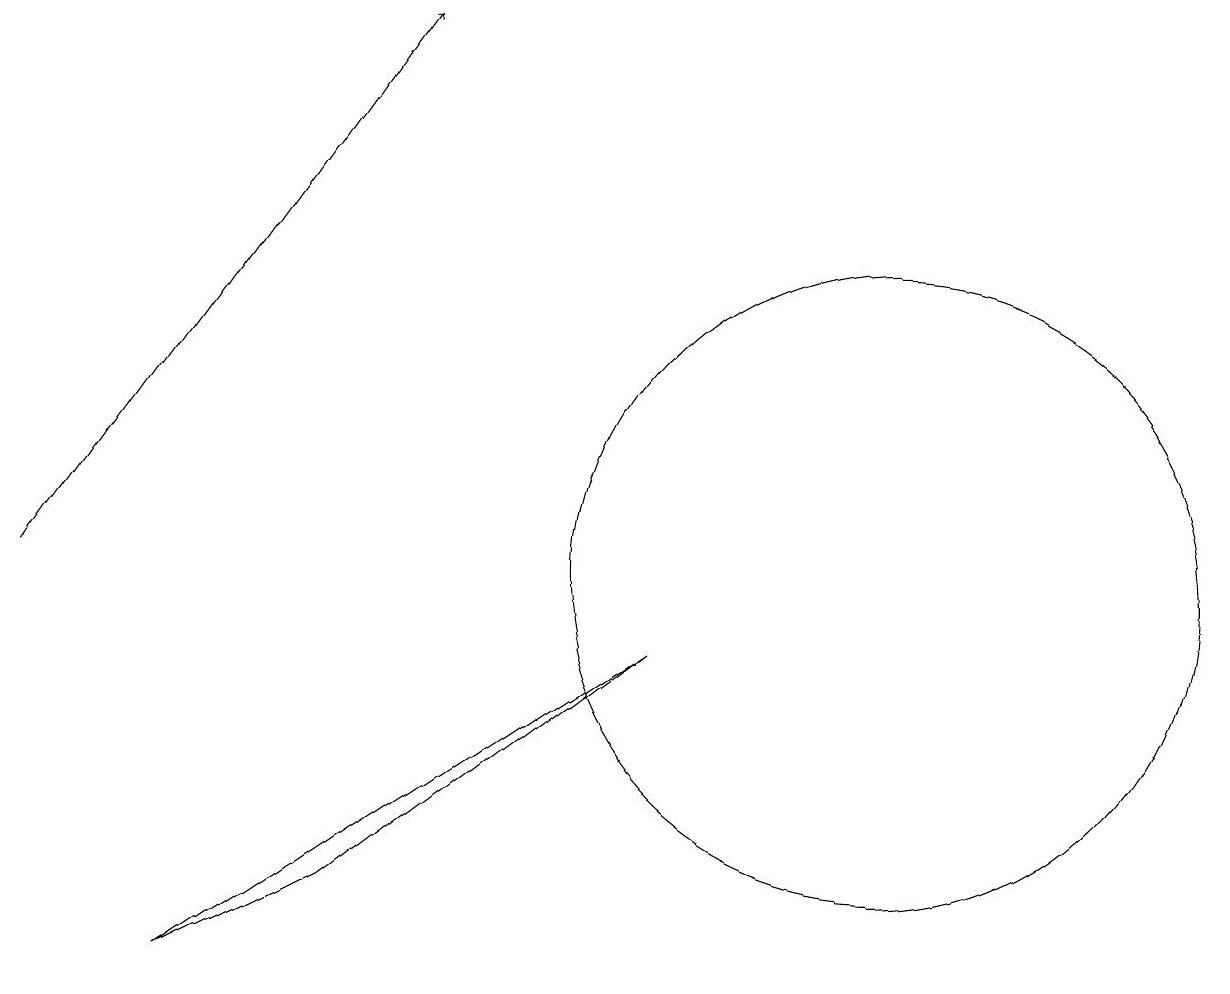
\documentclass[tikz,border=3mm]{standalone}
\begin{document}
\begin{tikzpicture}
\draw (5,6) -- (3,5) -- (9,9) -- cycle;
\draw[->] (1,10) -- (6,17);
\draw (12,10) circle (4);
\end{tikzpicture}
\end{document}